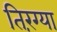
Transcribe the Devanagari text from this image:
तिरंग्या